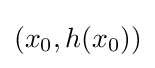
(x_{0},h(x_{0}))